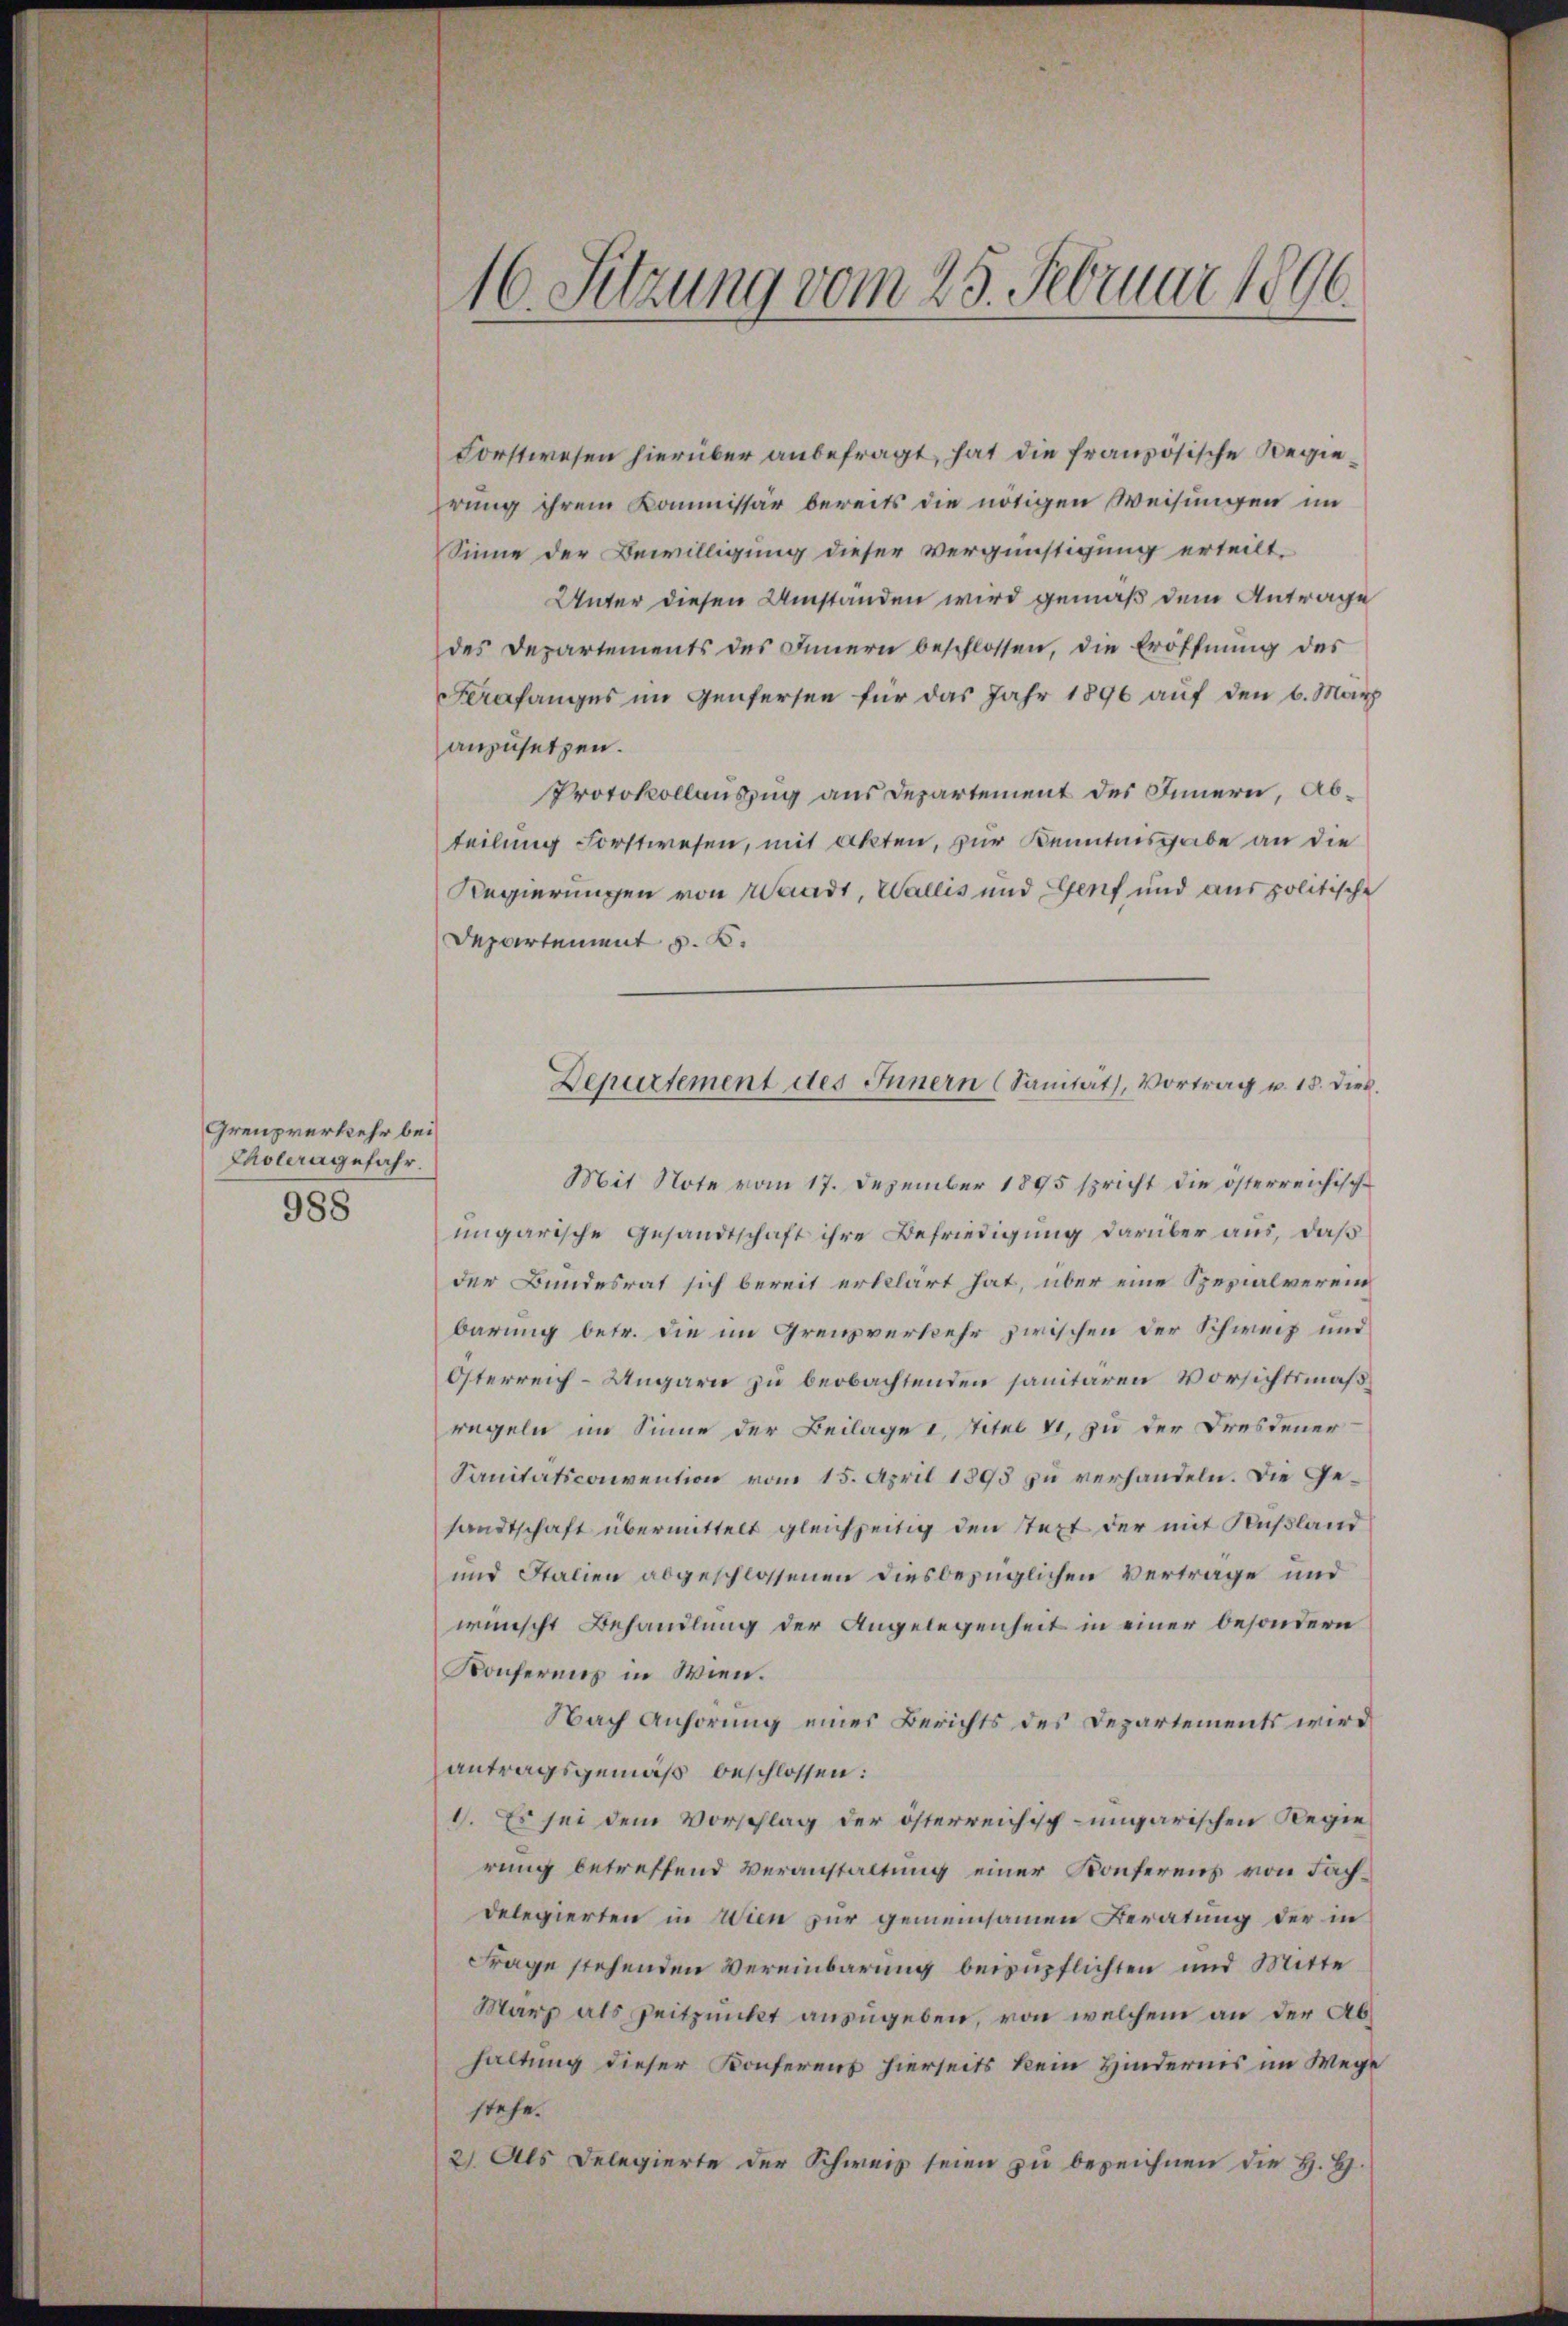
Grenzverkehr bei
Choleragefahr.
988

Forstwesen hierüber anbefragt, hat die französische Regierung ihrem Kommissär bereits die nötigen Weisungen im
Sinne der Bewilligung dieser Vergünstigung erteilt.
Unter diesen Umstanden wird gemäß dem Antrage
des Departements des Innern beschlossen, die Eröffnŭng des
Frafanges im Genfersen für das Jahr 1896 auf den 6. März
anzusetzen.
Protokollauszug aus Departement des Innern, Abteilung Forstwesen, mit akten, zur Kenntnisgabe an die
Regierungen von Waadt, Wallis und Genf und aus politische
Departement v. K.
Mit Note vom 17. Dezember 1895 spricht die österreichisch-
ungarische Gesandtschaft ihre Befriedigung darüber aus, daß
der Bundesrat sich bereit erklärt hat, über eine Spezialverein
barung betr. die im Grenzverkehr zwischen der Schweiz und
Österreich-Ungarn zu beobachtenden sanitaren Vorsichtsmäßregeln im Sinne der Beilage I Titel 11, zu der Dresdener
Sanitätsconvention vom 15. April 1895 zu verhandeln. Die Gesandtschaft übermittelt gleichzeitig den text der mit Rußland
und Italien abgeschlossenen diesbezüglichen Vertrage und
wünscht Behandlung der Angelegenheit in einer besondern
Konferens in Wien.
Nach Anhörung einer Berichts des Departements wird
antragsgemäß beschlossen:
1. Es sei dem Vorschlag der österreichisch-ungarischen Regierung betreffend Veranstaltung einer Konferens von Fachdelegierten in Wien zur gemeinsamen Beratung der in
Frage stehenden Vereinbarung beizupflichten und Mitte
Marz als Zeitpunkt anzugeben, von welchem an der Abhaltung dieser Konferenz hierseits kein Hindernis im Wege
stehe.
2) Als Delegierte der Schweiz seien zu bezeichnen die H. H.

16. Sitzung vom 23. Februar 1896.

Departement des Innern (Sanität, Vortrag u. 18. dieß.